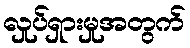
လှုပ်ရှားမှုအတွက်